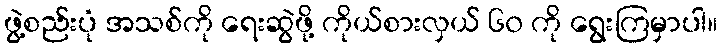
ဖွဲ့စည်းပုံ အသစ်ကို ရေးဆွဲဖို့ ကိုယ်စားလှယ် ၆၀ ကို ရွေးကြမှာပါ။